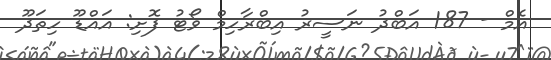
އެމް - 187 އަބްދު ނަސީރު އިބްރާހިމް ވޯޓު ފޮށި: އައްޑޫ ހިތަދޫ